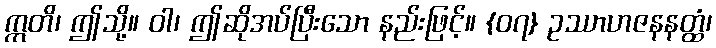
ဣတိ၊ ဤသို့။ ဝါ၊ ဤဆိုအပ်ပြီးသော နည်းဖြင့်။ {၀၇} ဥဿာဟဇနနတ္ထံ၊